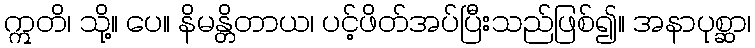
ဣတိ၊ သို့။ ပေ။ နိမန္တိတာယ၊ ပင့်ဖိတ်အပ်ပြီးသည်ဖြစ်၍။ အနာပုစ္ဆာ၊